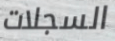
السجلات